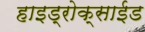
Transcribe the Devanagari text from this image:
हाइड्रोक्साईड